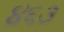
૪૬૩